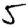
Digit: 5